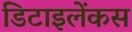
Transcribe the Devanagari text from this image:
डिटाइलेंकस